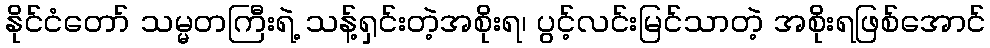
နိုင်ငံတော် သမ္မတကြီးရဲ့ သန့်ရှင်းတဲ့အစိုးရ၊ ပွင့်လင်းမြင်သာတဲ့ အစိုးရဖြစ်အောင်